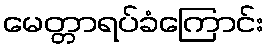
မေတ္တာရပ်ခံကြောင်း